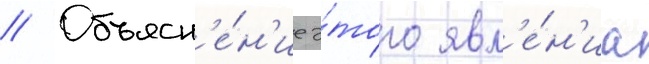
// Объясн'е́н'ие э́того явл'е́н'иа